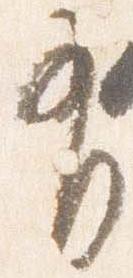
有